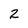
Character: 2